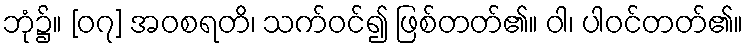
ဘုံ၌။ [၀၇] အဝစရတိ၊ သက်ဝင်၍ ဖြစ်တတ်၏။ ဝါ၊ ပါဝင်တတ်၏။